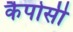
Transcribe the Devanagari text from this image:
कैपोसी